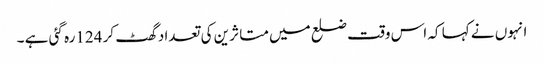
انہوں نے کہا کہ اس وقت ضلع میں متا ثرین کی تعداد گھٹ کر 124رہ گئی ہے ۔